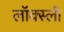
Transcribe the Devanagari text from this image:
लॉक्स्ली